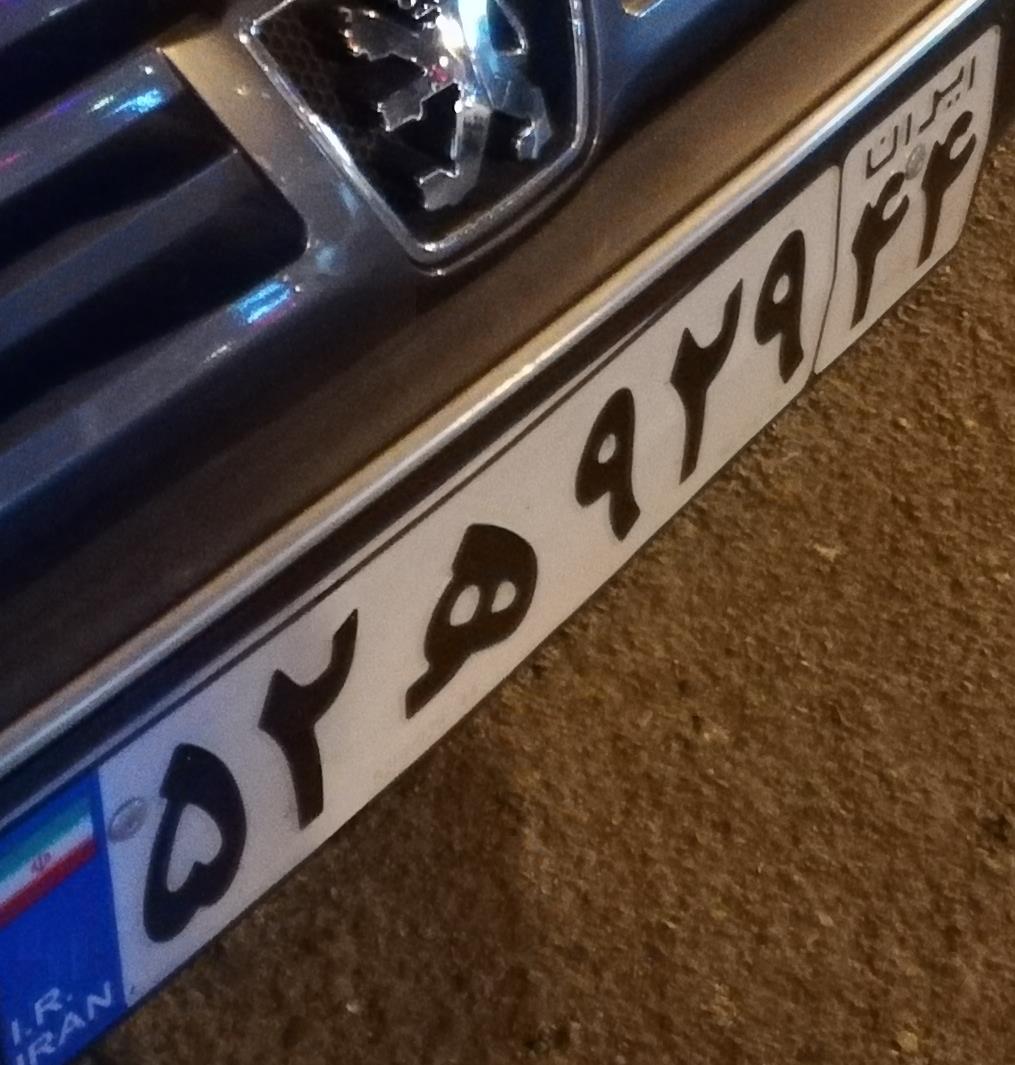
۵۲ه۹۲۹۴۴